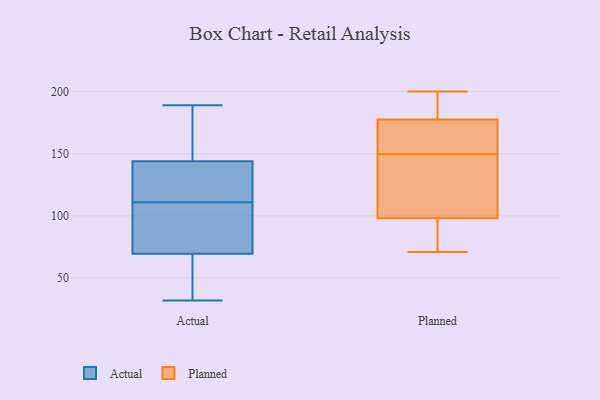
{"axis": {"x": "Waste Production (Tons)", "y": "Value"}, "legend": ["Actual", "Planned"], "data": [{"x": "", "y": 114, "type": "Actual"}, {"x": "", "y": 92, "type": "Actual"}, {"x": "", "y": 189, "type": "Actual"}, {"x": "", "y": 127, "type": "Actual"}, {"x": "", "y": 32, "type": "Actual"}, {"x": "", "y": 58, "type": "Actual"}, {"x": "", "y": 184, "type": "Actual"}, {"x": "", "y": 108, "type": "Actual"}, {"x": "", "y": 128, "type": "Actual"}, {"x": "", "y": 138, "type": "Actual"}, {"x": "", "y": 60, "type": "Actual"}, {"x": "", "y": 150, "type": "Actual"}, {"x": "", "y": 79, "type": "Actual"}, {"x": "", "y": 37, "type": "Actual"}, {"x": "", "y": 168, "type": "Actual"}, {"x": "", "y": 84, "type": "Actual"}, {"x": "", "y": 179, "type": "Planned"}, {"x": "", "y": 200, "type": "Planned"}, {"x": "", "y": 165, "type": "Planned"}, {"x": "", "y": 176, "type": "Planned"}, {"x": "", "y": 80, "type": "Planned"}, {"x": "", "y": 132, "type": "Planned"}, {"x": "", "y": 181, "type": "Planned"}, {"x": "", "y": 149, "type": "Planned"}, {"x": "", "y": 150, "type": "Planned"}, {"x": "", "y": 115, "type": "Planned"}, {"x": "", "y": 87, "type": "Planned"}, {"x": "", "y": 90, "type": "Planned"}, {"x": "", "y": 184, "type": "Planned"}, {"x": "", "y": 172, "type": "Planned"}, {"x": "", "y": 106, "type": "Planned"}, {"x": "", "y": 71, "type": "Planned"}]}